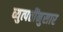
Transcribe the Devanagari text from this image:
व्युत्पत्तींनुसार